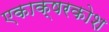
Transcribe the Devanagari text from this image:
एकाक्षरकोश